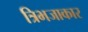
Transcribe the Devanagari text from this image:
त्रिभजाकार